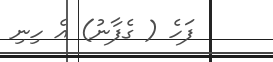
ފަހެ ( ގެފާނު) އެ ހިނި